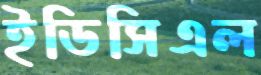
ইডিসিএল